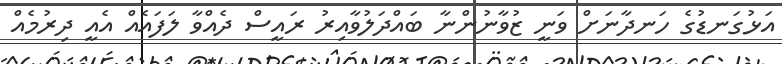
އަޅުގަނޑުގެ ހަނދާނަށް ވަނީ ޒުވާނުންނާ ބައްދަލުވާއިރު ރައީސް ދެއްވާ ލަފައެއް އެއީ ދިރުމެއް